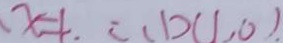
x = 1 . ( 1 1 ) ( 1 , 0 ) .